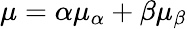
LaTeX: \mu=\alpha\mu_{\alpha}+\beta\mu_{\beta}